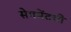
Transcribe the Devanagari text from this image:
सेगमेंटची